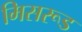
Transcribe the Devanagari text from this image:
मिसरूड